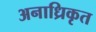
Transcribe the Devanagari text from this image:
अनाध्रिकृत